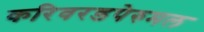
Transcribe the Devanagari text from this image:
करिवरडपेरुमल